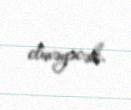
etməyəcək.